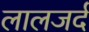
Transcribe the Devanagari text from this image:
लालजर्द